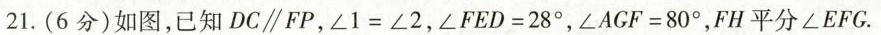
21. (6分) 如图，已知 DC\parallel FP，$$∠ 1 = ∠ 2$$，$$∠ F E D = 2 8 °$$，$$∠ A G F = 8 0 °$$，FH平分∠EFG.